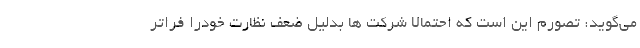
می‌گوید: تصورم این است که احتمالاً شرکت ها بدلیل ضعف نظارت خودرا فراتر